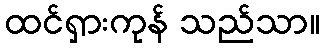
ထင်ရှားကုန် သည်သာ။